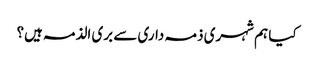
کیا ہم شہری ذمہ داری سے بری الذمہ ہیں؟